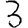
Digit: 3